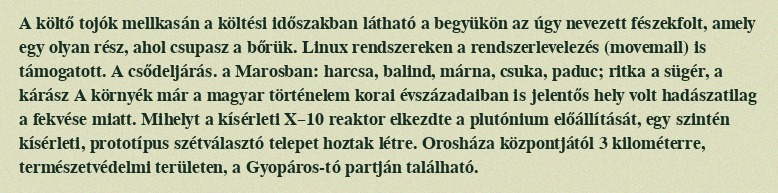
A költő tojók mellkasán a költési időszakban látható a begyükön az úgy nevezett fészekfolt, amely egy olyan rész, ahol csupasz a bőrük. Linux rendszereken a rendszerlevelezés (movemail) is támogatott. A csődeljárás. a Marosban: harcsa, balind, márna, csuka, paduc; ritka a sügér, a kárász A környék már a magyar történelem korai évszázadaiban is jelentős hely volt hadászatilag a fekvése miatt. Mihelyt a kísérleti X–10 reaktor elkezdte a plutónium előállítását, egy szintén kísérleti, prototípus szétválasztó telepet hoztak létre. Orosháza központjától 3 kilométerre, természetvédelmi területen, a Gyopáros-tó partján található.